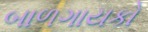
બાળગાયકો